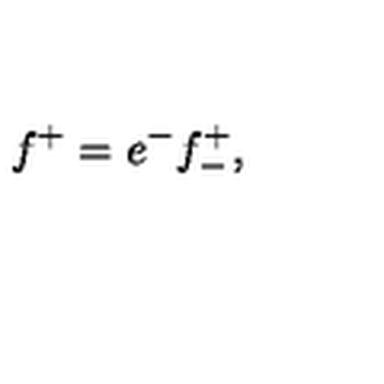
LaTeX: f ^ { + } = e ^ { - } f _ { - } ^ { + } , \qquad